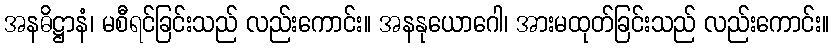
အနဓိဋ္ဌာနံ၊ မစီရင်ခြင်းသည် လည်းကောင်း။ အနနုယောဂေါ၊ အားမထုတ်ခြင်းသည် လည်းကောင်း။